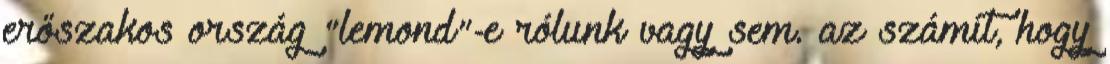
erőszakos ország "lemond"-e rólunk vagy sem. az számít, hogy